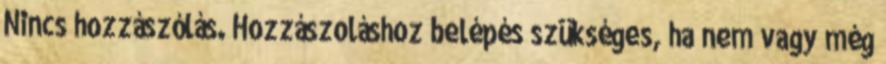
Nincs hozzászólás. Hozzászoláshoz belépés szükséges, ha nem vagy még